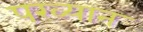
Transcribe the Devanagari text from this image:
पख्यान